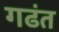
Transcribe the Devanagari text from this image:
गढंत